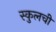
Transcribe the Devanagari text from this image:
स्कुलची